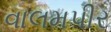
વાલમપીર